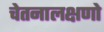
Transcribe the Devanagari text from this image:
चेतनालक्षणो